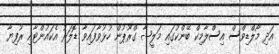
އަދި މޯލްޑިވްސް އިސްލާމިކް ބޭންކުގައި މަލީޝާ ގްރޫޕުން ހުޅުވާފައިވާ ޑޮލަރު އެކައުންޓާއި ރުފިޔާ